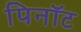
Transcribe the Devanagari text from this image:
पिनॉट